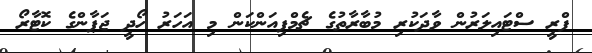
ފްރީ ސްޓައިލަރުން ވާދަކުރި މުބާރާތުގެ ޗެމްޕިއަންކަން މި އަހަރު ހޯދީ ޖަޕާންގެ ކޮޓާރޯ